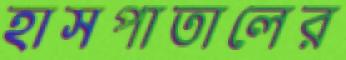
হাসপাতালের